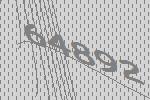
64892